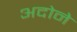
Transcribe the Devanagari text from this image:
अदोने